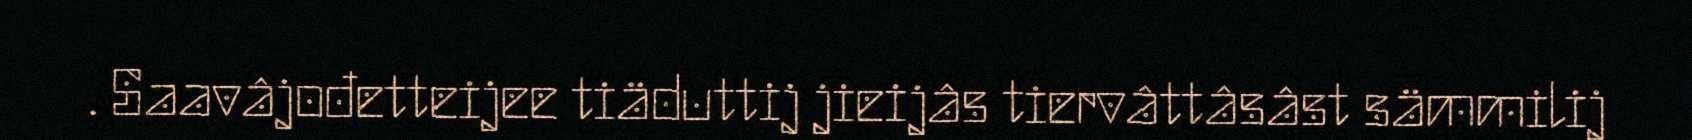
. Saavâjođetteijee tiäduttij jieijâs tiervâttâsâst sämmilij